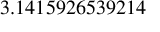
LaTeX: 3 . 1 4 1 5 9 2 6 5 3 9 2 1 4